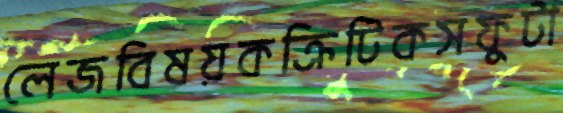
লেজবিষয়কক্রিটিকসফুটা